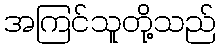
အကြင်သူတို့သည်